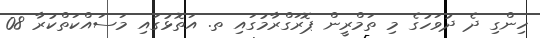
ހިންގި ދެ ދުވަހުގެ މި ތަމްރީން ޕޮރަގްރާމުގައި ތ. އަތޮޅުގައި މަސައްކަތްކުރާ 08